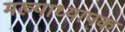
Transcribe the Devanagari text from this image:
मख्याध्यापक